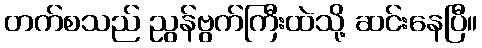
တက်စသည် ညွန်ဗွက်ကြီးထဲသို့ ဆင်းနေပြီ။